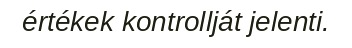
értékek kontrollját jelenti.